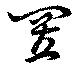
置